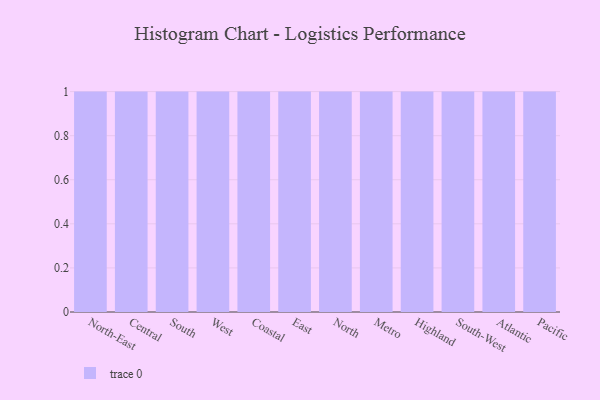
{"axis": {"x": "Region", "y": "Conversion Rate (%)"}, "legend": [""], "data": [{"x": "North-East", "y": 57, "type": ""}, {"x": "Central", "y": 45, "type": ""}, {"x": "South", "y": 69, "type": ""}, {"x": "West", "y": 74, "type": ""}, {"x": "Coastal", "y": 99, "type": ""}, {"x": "East", "y": 47, "type": ""}, {"x": "North", "y": 62, "type": ""}, {"x": "Metro", "y": 57, "type": ""}, {"x": "Highland", "y": 92, "type": ""}, {"x": "South-West", "y": 46, "type": ""}, {"x": "Atlantic", "y": 18, "type": ""}, {"x": "Pacific", "y": 81, "type": ""}]}